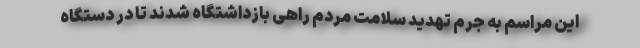
این مراسم به جرم تهدید سلامت مردم راهی بازداشتگاه شدند تا در دستگاه